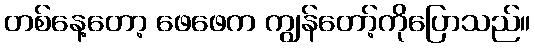
တစ်နေ့တော့ ဖေဖေက ကျွန်တော့်ကိုပြောသည်။